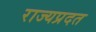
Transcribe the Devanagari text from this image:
राज्यप्रदत